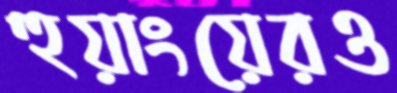
হুয়াংয়েরও